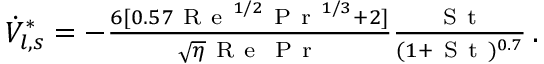
\begin{array} { r } { \dot { V } _ { l , s } ^ { * } = - \frac { 6 [ 0 . 5 7 \mathrm { ~ R ~ e ~ } ^ { { 1 } / { 2 } } \mathrm { ~ P ~ r ~ } ^ { { 1 } / { 3 } } + 2 ] } { \sqrt { \eta } \mathrm { ~ R ~ e ~ } \mathrm { ~ P ~ r ~ } } \frac { \mathrm { ~ S ~ t ~ } } { ( 1 + \mathrm { ~ S ~ t ~ } ) ^ { 0 . 7 } } \, . } \end{array}